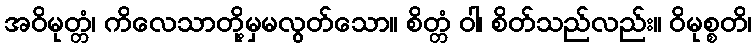
အဝိမုတ္တံ၊ ကိလေသာတို့မှမလွတ်သော။ စိတ္တံ ဝါ၊ စိတ်သည်လည်း။ ဝိမုစ္စတိ၊